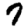
Digit: 7